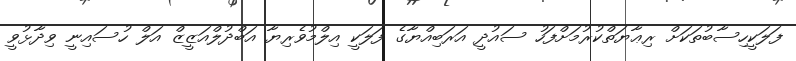
ފަލަކީހިސާބުތަކަށް ރިޢާޔަތްކުރުމަށްފަހު ސައުދީ އަރަބިއްޔާގެ ފަލަކީ އިލްމުވެރިޔާ އަބްދުލްއަޒީޒް އަލް ހުސައިނީ ވިދާޅުވީ